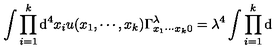
\int \prod _ { i = 1 } ^ { k } \mathrm { d } ^ { 4 } x _ { i } u ( x _ { 1 } , \cdots , x _ { k } ) \Gamma _ { x _ { 1 } \cdots x _ { k } 0 } ^ { \lambda } = \lambda ^ { 4 } \int \prod _ { i = 1 } ^ { k } \mathrm { d }